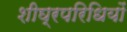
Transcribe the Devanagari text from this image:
शीघ्रपरिधियों